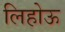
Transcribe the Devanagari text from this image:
लिहोऊ